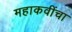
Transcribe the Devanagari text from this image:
महाकवींचा